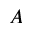
A